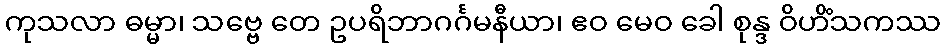
ကုသလာ ဓမ္မာ၊ သဗ္ဗေ တေ ဥပရိဘာဂင်္ဂမနီယာ၊ ဧဝ မေဝ ခေါ စုန္ဒ ဝိဟိံသကဿ